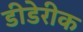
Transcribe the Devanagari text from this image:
डीडेरीक